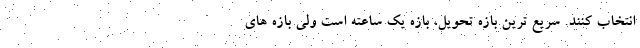
انتخاب کنند. سریع ترین بازه تحویل، بازه یک ساعته است ولی بازه های